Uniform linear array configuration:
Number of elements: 4
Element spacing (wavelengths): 0.5
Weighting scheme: uniform
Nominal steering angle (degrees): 15
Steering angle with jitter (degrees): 16.926
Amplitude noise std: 0.05
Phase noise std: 0.05

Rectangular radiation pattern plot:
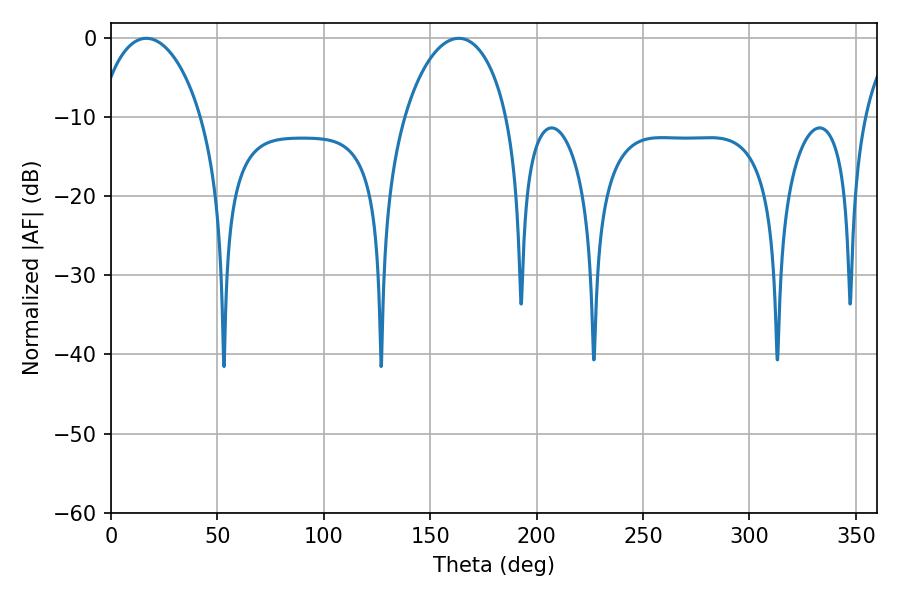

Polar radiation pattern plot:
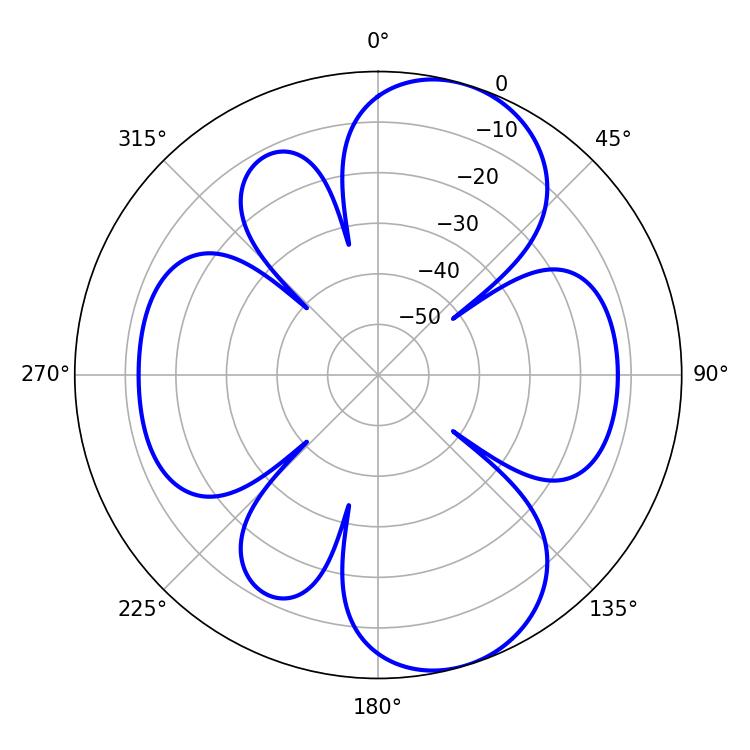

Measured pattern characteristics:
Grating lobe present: FALSE
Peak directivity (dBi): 8.745
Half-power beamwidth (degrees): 27.72
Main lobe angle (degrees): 16.56